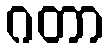
ဂတာ